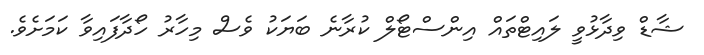
ޝާޑް ވިދާޅުވީ ލައިޓްތައް އިންސްޓޯލް ކުރާނެ ބަޔަކު ވެސް މިހާރު ހޯދާފައިވާ ކަމަށެވެ.